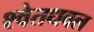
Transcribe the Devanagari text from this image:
श्वेतधवल